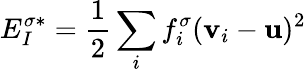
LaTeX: E_{I}^{\sigma*}=\frac{1}{2}\sum_{i}f_{i}^{\sigma}(\mathbf{v}_{i}-\mathbf{u})^{2}